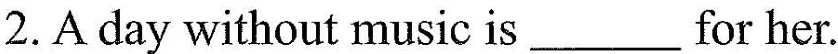
2.A day without music is ___ for her.